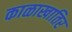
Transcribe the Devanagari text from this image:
काळाखातिर